Regulations for the medical services of the Army of India
Year: 1930
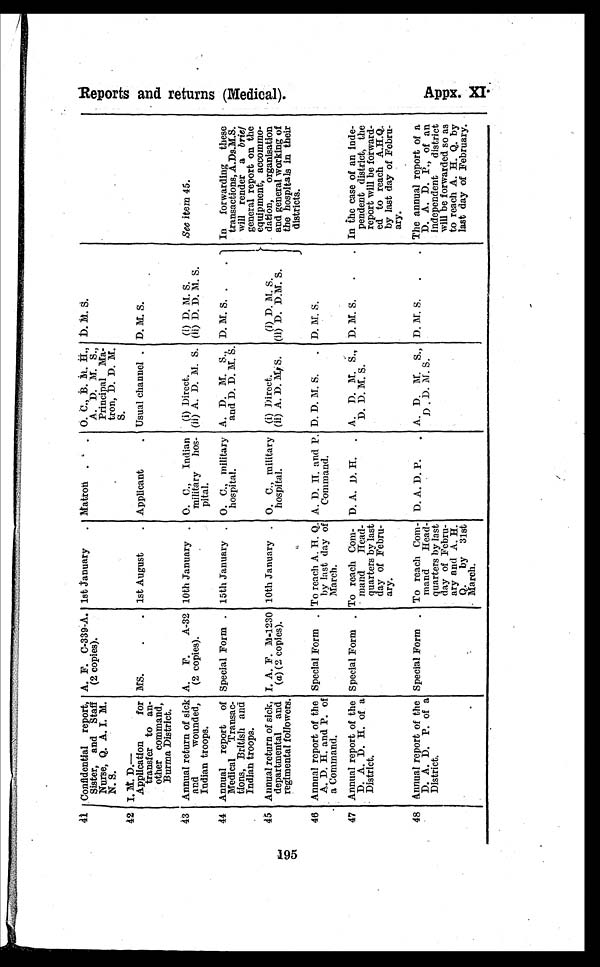
41 Confidential report,
Sister, and Staff
Nurse, Q. A. I. M.
N. S.
A. F. C-339-A.
(2 copies).
1st January - Matron
. . O. C., B . M . H . ,
A. D. M. S.,
Principal Ma
tron, D. D. M.
S.
D. M. S.
42 I . M . D . —
Application
for
transfer to an
other command,
Burma District.
MS.
.
. 1st August
. Applicant
. Usual channel . D. M. S.
43 Annual return of sick
and
wounded,
Indian troops.
A. F. A-32
(2 copies).
10th January . O. C., Indian
military hos
pital.
(i) Direct.
(ii) A. D. M. S.
(i) D. M. S.
(ii) D. D. M. S.
See item 45 .
44 Annual report of
Medical Transac
tions, British a n d I n d i a n t r o o p s .
Special Form . 15th January . O. C., military
hospital.
A. D. M. S.,
and D. D. M. S.
D. M. S. .
.
In forwarding these
transactions, A.Ds.M.S.
will render a brief
general report on the
equipment, accommo-
dation, organisation
and general working of
the hospitals in their
districts.
45 Annual return of sick,
departmental and
regimental followers.
I. A. F. M.1230
(a) (2 copies).
10th January . O. C. military
hospital.
(i) Direct.
(ii) A. D. M. S.
(i) D. M. S.
(ii) D. D.M. S.
46 Annual report of the
A. D. H. and P. of
a Command.
Special Form . To reach A. H. Q.
by last day of
March.
A. D. H. and P.
Command.
D. D. M. S.
. D. M. S.
47 Annual report of the
D. A. D. H. of a
D i s t r i c t .
Special Form . To reach Com-
- mand Head-
quarters by last
day of Febru-
ary,
D. A. D. H. . A. D. M. S.,
D. D. M. S.
D. M. S.
.
. In the case of an inde-
pendent district, the
report will be forward-
ed to reach A.H.Q.
by last day of Febru-
ary.
48 Annual report of the
D. A. D. P. of a
District.
Special Form . To reach Com-
mand Head-
quarters by last
day of Febru-
ary and A. H.
Q. by 31st
March.
D. A. D. P.
. A. D. M. S.,
D . D. M. S.
D. M. S. .
. The annual report of a
D. A. D. P., of an
Independent district
will be forwarded so as
to reach A. H. Q. by
last day of February.
R e p o r t s a n d r e t u r n s ( M e d i c a l ) .
Ap p x . XI .